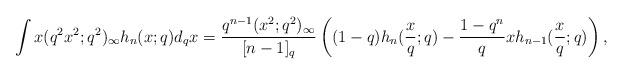
LaTeX: \begin{align*} & \int x (q^2x^2;q^2)_\infty h_n(x;q) d_qx= \frac{q^{n-1}(x^2;q^2)_\infty}{[n-1]_q}\left( (1-q) h_n(\frac{x}{q};q)- \frac{1-q^n}{q}x h_{n-1}(\frac{x}{q};q)\right), \end{align*}